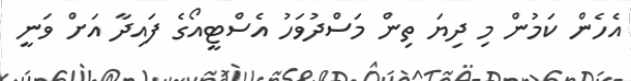
އެހެން ކަމުން މި ދިޔަ ތިން މަސްދުވަހު އެސްޓީއޯގެ ފައިދާ އަށް ވަނީ